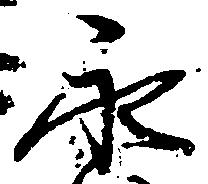
永